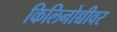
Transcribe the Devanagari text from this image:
किलिनोच्चीवर